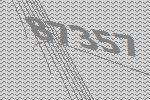
87357